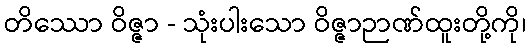
တိဿော ဝိဇ္ဇာ - သုံးပါးသော ဝိဇ္ဇာဉာဏ်ထူးတို့ကို၊